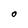
Character: O